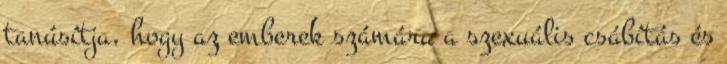
tanúsítja, hogy az emberek számára a szexuális csábítás és